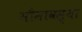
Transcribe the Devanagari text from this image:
मौनावस्था